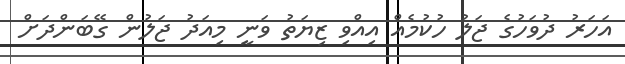
އަހަރު ދުވަހުގެ ޖަލު ހުކުމެއް އިއްވި ޒިޔަތު ވަނީ މިއަދު ޖަލުން ގޭބަންދަށް